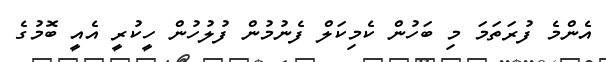
އެންމެ ފުރަތަމަ މި ބަހުން ކެމިކަލް ފެނުމުން ފުލުހުން ހީކުރީ އެއީ ބޮމުގެ